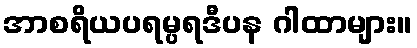
အာစရိယပရမ္ပရဒီပန ဂါထာများ။